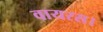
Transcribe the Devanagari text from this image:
वायरस।